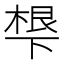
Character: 𬻩